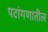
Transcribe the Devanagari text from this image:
पटांगणातील